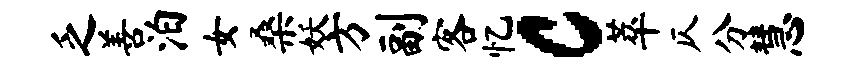
乏善泊女桑妖方副客忆c萃仄分慧